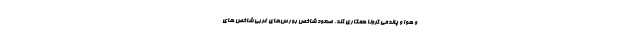
و هوا و پاندمی کرونا همکاری کند. صعود شاخص بورس‌های غربی شاخص های